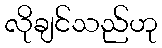
လိုချင်သည်ဟု